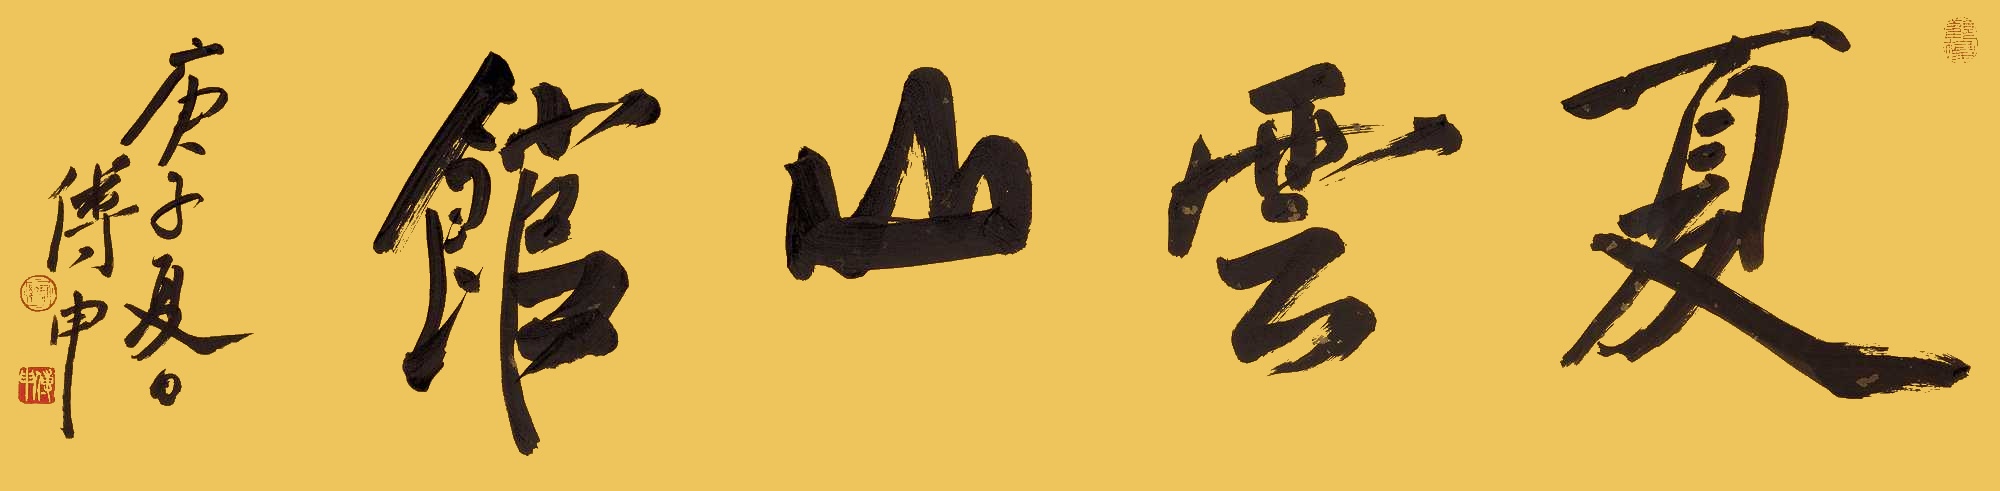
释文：夏云山馆庚子夏日，傅申。